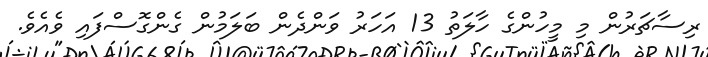
ރިސާޗަރުން މި މީހުންގެ ހާލަތު 13 އަހަރު ވަންދެން ބަލަމުން ގެންގޮސްފައި ވެއެވެ.